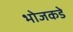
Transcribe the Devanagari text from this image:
भोजकडे